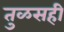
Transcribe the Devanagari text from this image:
तुळसही